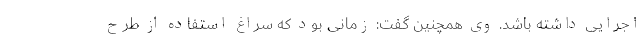
اجرایی داشته باشد. وی همچنین گفت: زمانی بود که سراغ استفاده از طرح